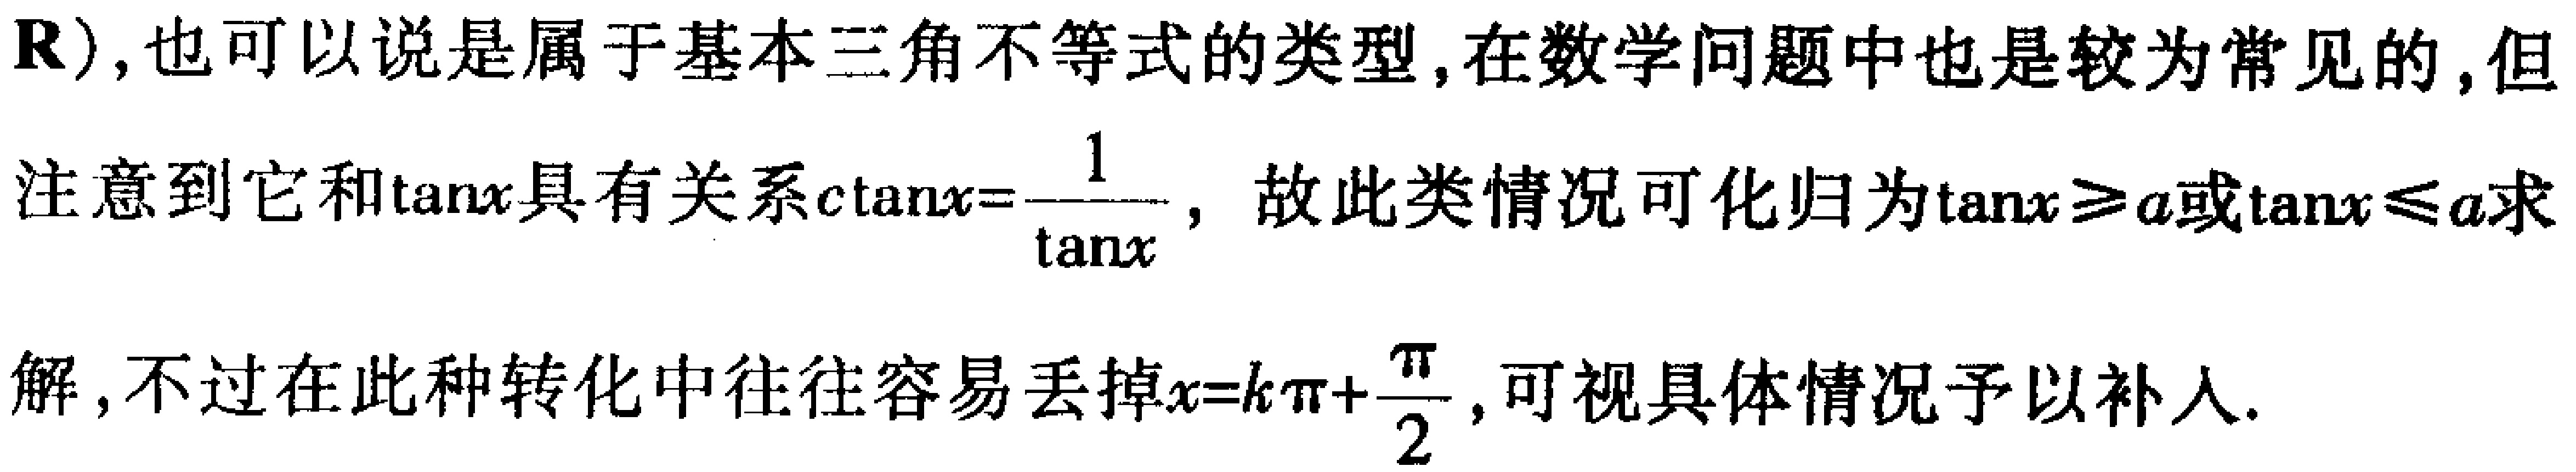
$\mathbf{R}$), 也可以说是属于基本三角不等式的类型, 在数学问题中也是较为常见的, 但
注意到它和$\tan x$具有关系$c\tan x = \frac{1}{\tan x}$，故此类情况可化归为$\tan x\geqslant a$或$\tan x\leqslant a$求
解, 不过在此种转化中往往容易丢掉$x = k\pi+\frac{\pi}{2}$, 可视具体情况予以补入.